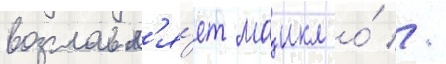
возглавл'я́ет маикл о́ //